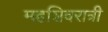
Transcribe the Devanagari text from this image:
महशिवरात्री